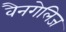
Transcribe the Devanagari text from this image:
वैनगेलिज